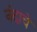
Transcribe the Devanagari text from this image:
नंदाचे